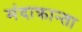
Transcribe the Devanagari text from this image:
मंदाक्रान्ता